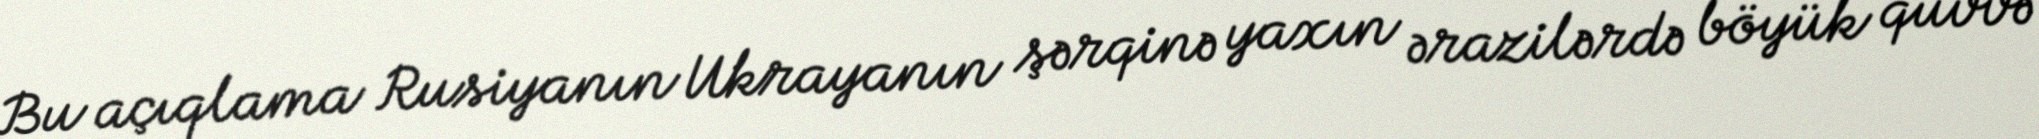
Bu açıqlama Rusiyanın Ukrayanın şərqinə yaxın ərazilərdə böyük qüvvə